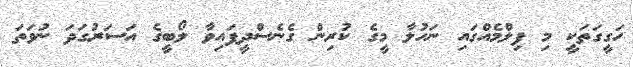
ހަގީގަތަކީ މި ފިލްމެއްގައި ނަހުލާ މީގެ ކުރިން ގެނެސްދީފައިވާ ލޯބީގެ އަސަރުގަދަ ނުވަތަ